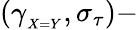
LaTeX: (\gamma_{_{X=Y}},\sigma_{\tau})-